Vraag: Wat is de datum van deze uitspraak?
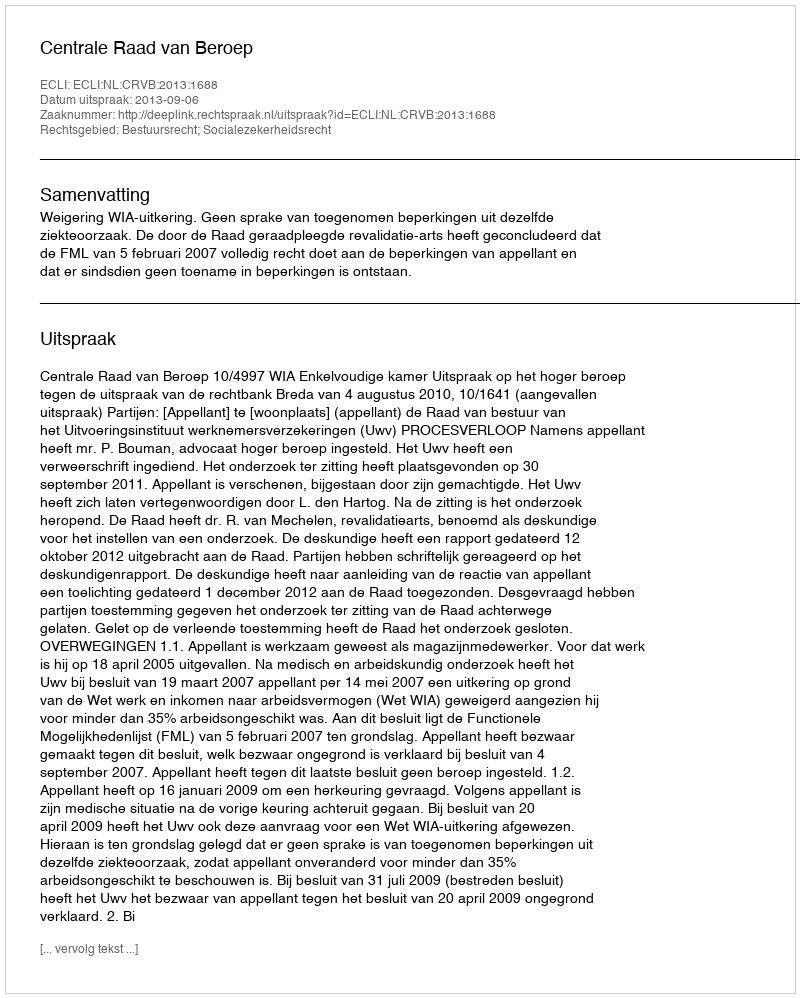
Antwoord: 2013-09-06